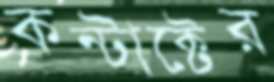
কন্টাক্টের